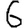
Digit: 6